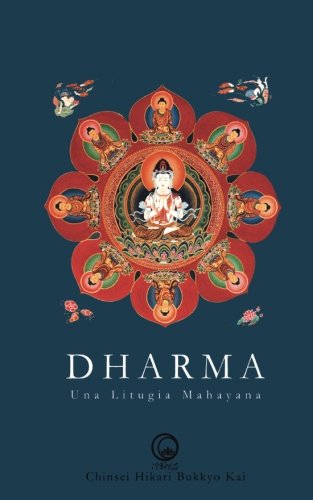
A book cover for Dharma: Una Liturgia Mahayana (Spanish Edition); Maestro Myoren; Religion & Spirituality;